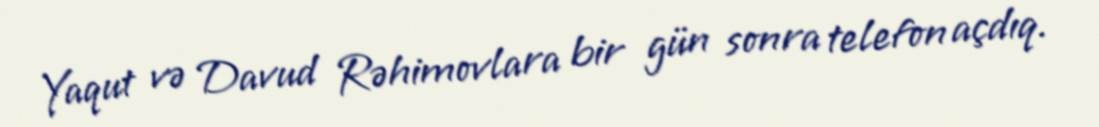
Yaqut və Davud Rəhimovlara bir gün sonra telefon açdıq.